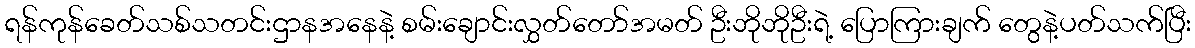
ရန်ကုန်ခေတ်သစ်သတင်းဌာနအနေနဲ့ စမ်းချောင်းလွှတ်တော်အမတ် ဦးဘိုဘိုဦးရဲ့ ပြောကြားချက် တွေနဲ့ပတ်သက်ပြီး